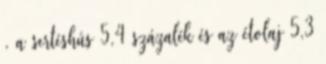
, a sertéshús 5,4 százalék és az étolaj 5,3